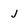
Character: j